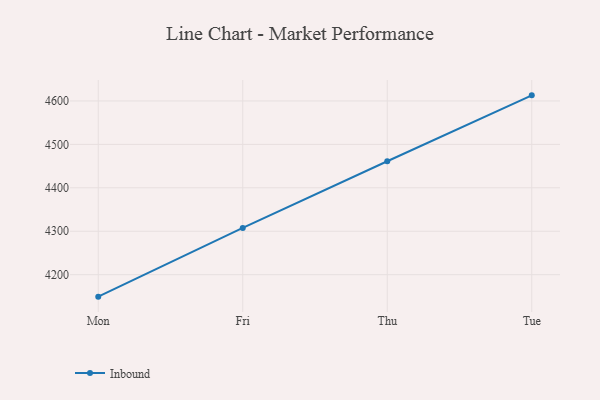
{"axis": {"x": "Day", "y": "Energy Usage (MWh)"}, "legend": ["Inbound"], "data": [{"x": "Mon", "y": 4149.4, "type": "Inbound"}, {"x": "Fri", "y": 4307.7, "type": "Inbound"}, {"x": "Thu", "y": 4461.2, "type": "Inbound"}, {"x": "Tue", "y": 4612.9, "type": "Inbound"}]}